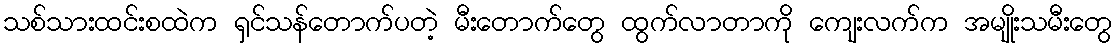
သစ်သားထင်းစထဲက ရှင်သန်တောက်ပတဲ့ မီးတောက်တွေ ထွက်လာတာကို ကျေးလက်က အမျိုးသမီးတွေ